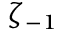
\zeta _ { - 1 }